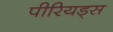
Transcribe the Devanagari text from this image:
पीरियड्स